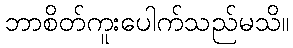
ဘာစိတ်ကူးပေါက်သည်မသိ။